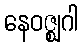
နေဝဇ္ဈဂါ